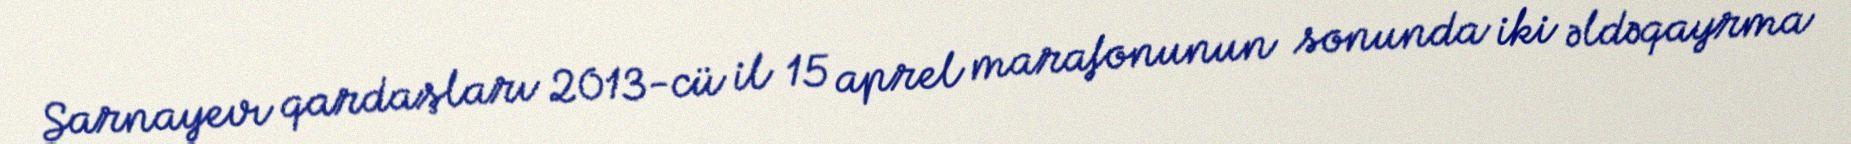
Sarnayevı qardaşları 2013-cü il 15 aprel marafonunun sonunda iki əldəqayrma